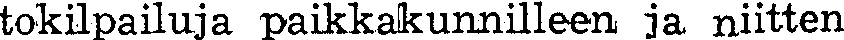
tokilpailuja paikkakunnilleen ja niitten